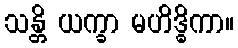
သန္တိ ယက္ခာ မဟိဒ္ဓိကာ။